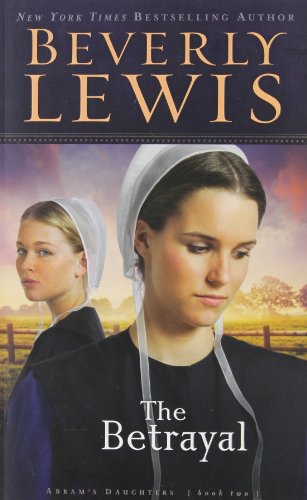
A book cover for The Betrayal (Abram's Daughters, No. 2); Beverly Lewis; Christian Books & Bibles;